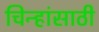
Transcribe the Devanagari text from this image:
चिन्हांसाठी